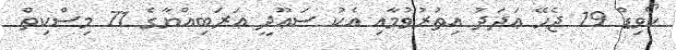
ކޯވިޑް 19 ޖެހޭ ޢަދަދު އިތުރުވުމާއި އެކު ސަޢޫދީ ޢަރަބިއްޔާގެ 71 މިސްކިތް